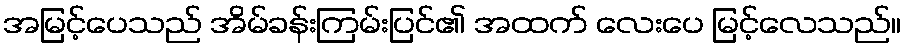
အမြင့်ပေသည် အိမ်ခန်းကြမ်းပြင်၏ အထက် လေးပေ မြင့်လေသည်။